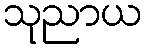
သုညာယ